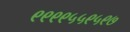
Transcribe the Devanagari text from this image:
९९९९५५९५९७